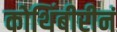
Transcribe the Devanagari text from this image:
कोथिंबीरीनं